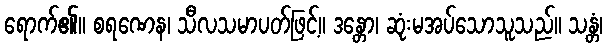
ရောက်၏။ စရဏေန၊ သီလသမာပတ်ဖြင့်။ ဒန္တော၊ ဆုံးမအပ်သောသူသည်။ သန္တံ၊